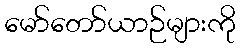
မော်တော်ယာဉ်များကို